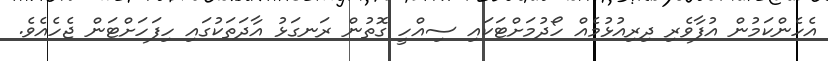
އެހެންކަމުން އުފާވެރި ދިރިއުޅުމެއް ހޯދުމަށްޓަކައި ސިއްހީ ގޮތުން ރަނގަޅު އާދަތަކުގައި ހިފަހަށްޓަން ޖެހެއެވެ.